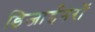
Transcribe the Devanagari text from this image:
डिजाईनरों